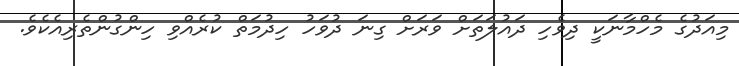
މިއަދުގެ މެހްމާނަކީ ދިވެހި ދައުލަތަށް ވަރަށް ގިނަ ދުވަހު ހިދުމަތް ކުރެއްވި ހިންގުންތެރިއެކެވެ.